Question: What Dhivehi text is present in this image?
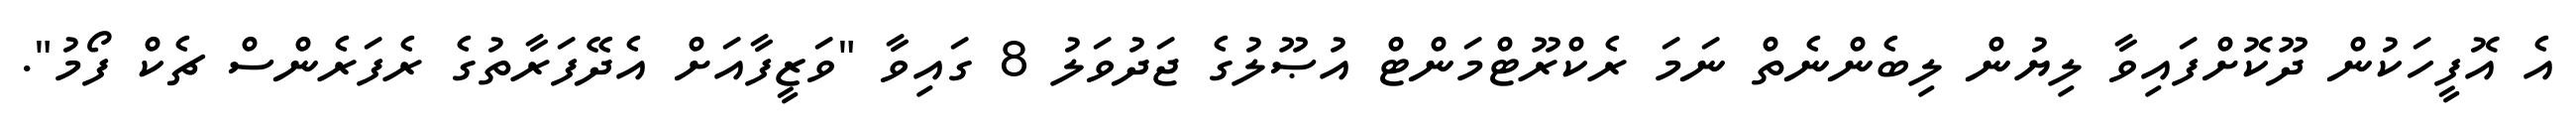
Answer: އެ އޮފީހަކުން ދޫކޮށްފައިވާ ލިޔުން ލިބެންނެތް ނަމަ ރެކްރޫޓްމަންޓް އުޞޫލުގެ ޖަދުވަލު 8 ގައިވާ "ވަޒީފާއަށް އެދޭފަރާތުގެ ރެފަރެންސް ޗެކް ފޯމު".